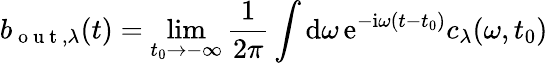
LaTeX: b_{\mathrm{~o~u~t~},\lambda}(t)=\operatorname*{lim}_{t_{0}\to-\infty}\frac{1}{2\pi}\int\mathrm{d}{\omega}\, \mathrm{e}^{-\mathrm{i}\omega(t-t_{0})}c_{\lambda}(\omega,t_{0})